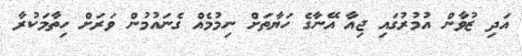
އަދި ޒުވާން އުމުރުގައި ޖިއާ އޭނާގެ ހަޔާތަށް ނިމުމެއް ގެނައުމުން ވަރަށް ހިތާމަކުރާ